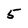
Character: 5